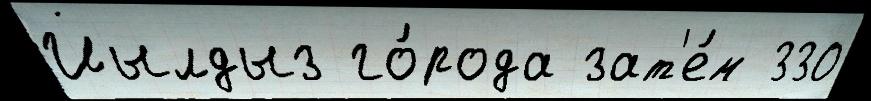
Йылдыз го́рода зат'е́м 330